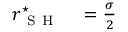
\begin{array} { r l } { r _ { \mathrm { ~ S ~ H ~ } } ^ { \star } } & { { } = \frac { \sigma } { 2 } } \end{array}